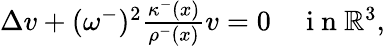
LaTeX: \begin{array}{rl}{\Delta v+(\omega^{-})^{2}\frac{\kappa^{-}(x)}{\rho^{-}(x)}v=0}&{{}\mathrm{~i~n~}\mathbb{R}^{3},}\end{array}